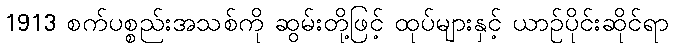
1913 စက်ပစ္စည်းအသစ်ကို ဆွမ်းတို့ဖြင့် ထုပ်များနှင့် ယာဉ်ပိုင်းဆိုင်ရာ